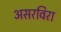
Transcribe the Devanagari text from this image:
असरविरा